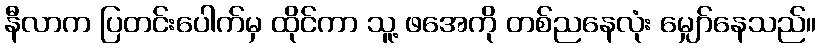
နီလာက ပြတင်းပေါက်မှ ထိုင်ကာ သူ့ ဖအေကို တစ်ညနေလုံး မျှော်နေသည်။